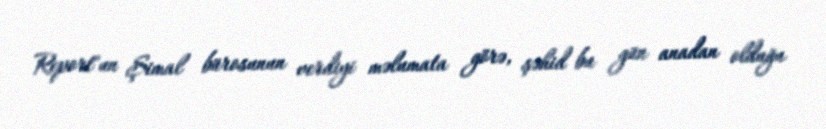
Report"un Şimal bürosunun verdiyi məlumata görə, şəhid bu gün anadan olduğu